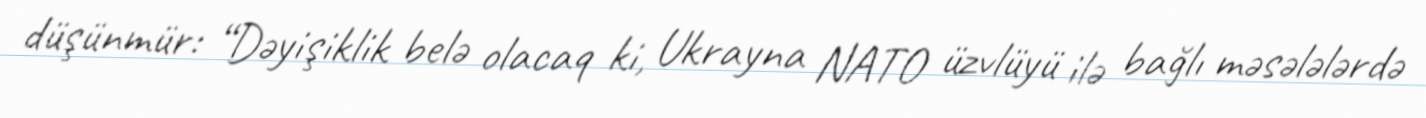
düşünmür: “Dəyişiklik belə olacaq ki, Ukrayna NATO üzvlüyü ilə bağlı məsələlərdə